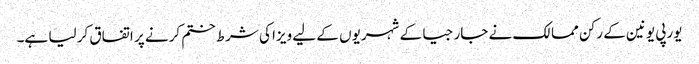
یورپی یونین کے رکن ممالک نے جارجیا کے شہریوں کے لیے ویزا کی شرط ختم کرنے پر اتفاق کر لیا ہے۔